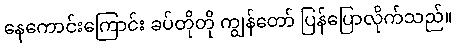
နေကောင်းကြောင်း ခပ်တိုတို ကျွန်တော် ပြန်ပြောလိုက်သည်။